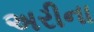
અરીના